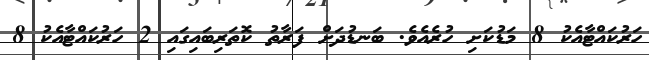
ހަރުކައްޓާއެކު 8 މަޑުކަށި ހުރެއެވެ. ބަނޑުދަށް ފަރާތު ކޮތަރިބައިގައި 2 ހަރުކައްޓާއެކު 8